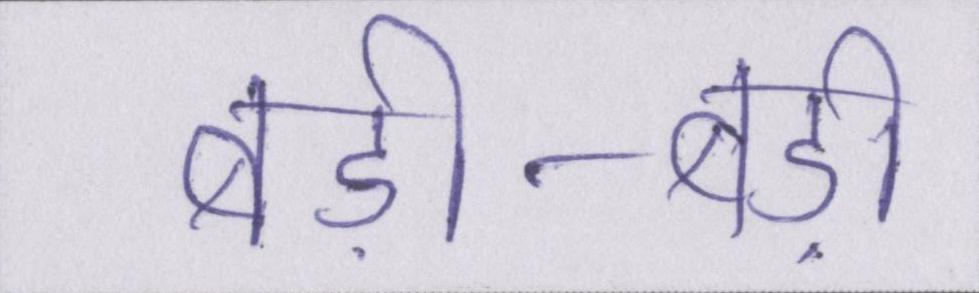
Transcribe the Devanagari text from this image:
बड़ी-बड़ी